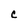
Character: C